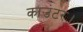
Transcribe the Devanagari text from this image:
काउंटर।